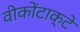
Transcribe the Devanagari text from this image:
वीकोंटाक्टे